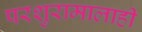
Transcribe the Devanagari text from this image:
परशुरामालाही